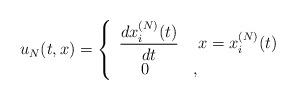
LaTeX: \begin{align*} u_N(t,x)= \left\{ \begin{array}{ll} \dfrac{d x_i^{(N)}(t)}{dt} & \ x = x_i^{(N)}(t)\\ \ \ \ \ 0 & , \end{array} \right. \end{align*}